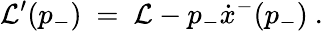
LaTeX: {\cal L}^{\prime}(p_{-})\ =\ {\cal L}-p_{-}\dot{x}^{-}(p_{-})\ .